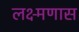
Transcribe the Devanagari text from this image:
लक्ष्मणास